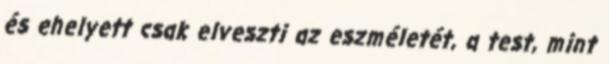
és ehelyett csak elveszti az eszméletét, a test, mint